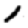
Digit: 1